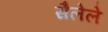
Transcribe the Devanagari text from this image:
सैलेले